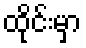
ထိုင်းမှာ